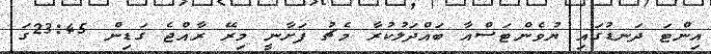
އިންޓަ ދަނޑުގައި ޔުވެންޓަސްއާ ބައްދަލުކުރާ މެޗު ފަށާނީ މިރޭ ރާއްޖެ ގަޑިން 23:45ގަ